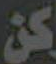
كن